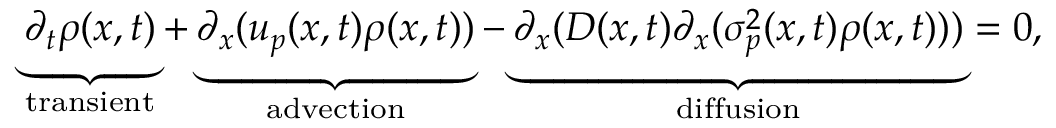
\underbrace { \partial _ { t } \rho ( x , t ) } _ { \substack { \mathrm { t r a n s i e n t } } } + \underbrace { \partial _ { x } ( u _ { p } ( x , t ) \rho ( x , t ) ) } _ { \substack { \mathrm { a d v e c t i o n } } } - \underbrace { \partial _ { x } ( D ( x , t ) \partial _ { x } ( \sigma _ { p } ^ { 2 } ( x , t ) \rho ( x , t ) ) ) } _ { \substack { \mathrm { d i f f u s i o n } } } = 0 ,